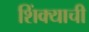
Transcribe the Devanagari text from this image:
शिंक्याची